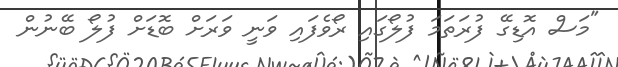
"މަސް އޮޑިގޭ ފުރަތަމަ ފުލޯގައި ރޯވެފައި ވަނީ ވަރަށް ބޮޑަށް ފުލޯ ބޭނުން